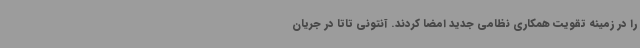
را در زمینه تقویت همکاری نظامی جدید امضا کردند. آنتونی تاتا در جریان